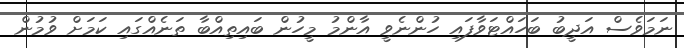
ނަމަވެސް އަދީބު ބަހައްޓަވާފައި ހުންނެވީ އާންމު މީހުން ބައިތިއްބާ ތަނެއްގައި ކަމަށް ވުމުން